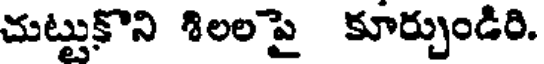
చుట్టుకొని శిలలపై కూర్చుండిరి.